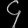
Digit: ၄